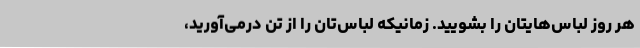
هر روز لباس‌هایتان را بشویید. زمانیکه لباس‌تان را از تن درمی‌آورید،